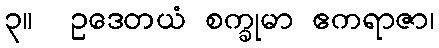
၃။  ဥဒေတယံ စက္ခုမာ ဧကရာဇာ၊